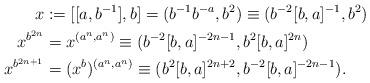
LaTeX: \begin{align*} x &:=[[a,b^{-1}],b]=(b^{-1}b^{-a}, b^2)\equiv (b^{-2}[b,a]^{-1}, b^2)\\x^{b^{2n}} &= x^{(a^n, a^n)} \equiv (b^{-2}[b,a]^{-2n-1}, b^2[b,a]^{2n})\\x^{b^{2n+1}} &= (x^b)^{(a^n, a^n)} \equiv (b^{2}[b,a]^{2n+2}, b^{-2}[b,a]^{-2n-1}).\end{align*}